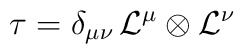
\tau = \delta_{\mu\nu}\, {\cal L}^\mu \otimes {\cal L}^\nu